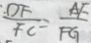
\frac { D F } { F C } = \frac { A F } { F G }